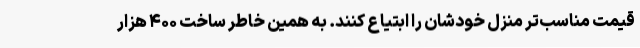
قیمت مناسب‌تر منزل خودشان را ابتیاع کنند. به همین خاطر ساخت ۴۰۰ هزار